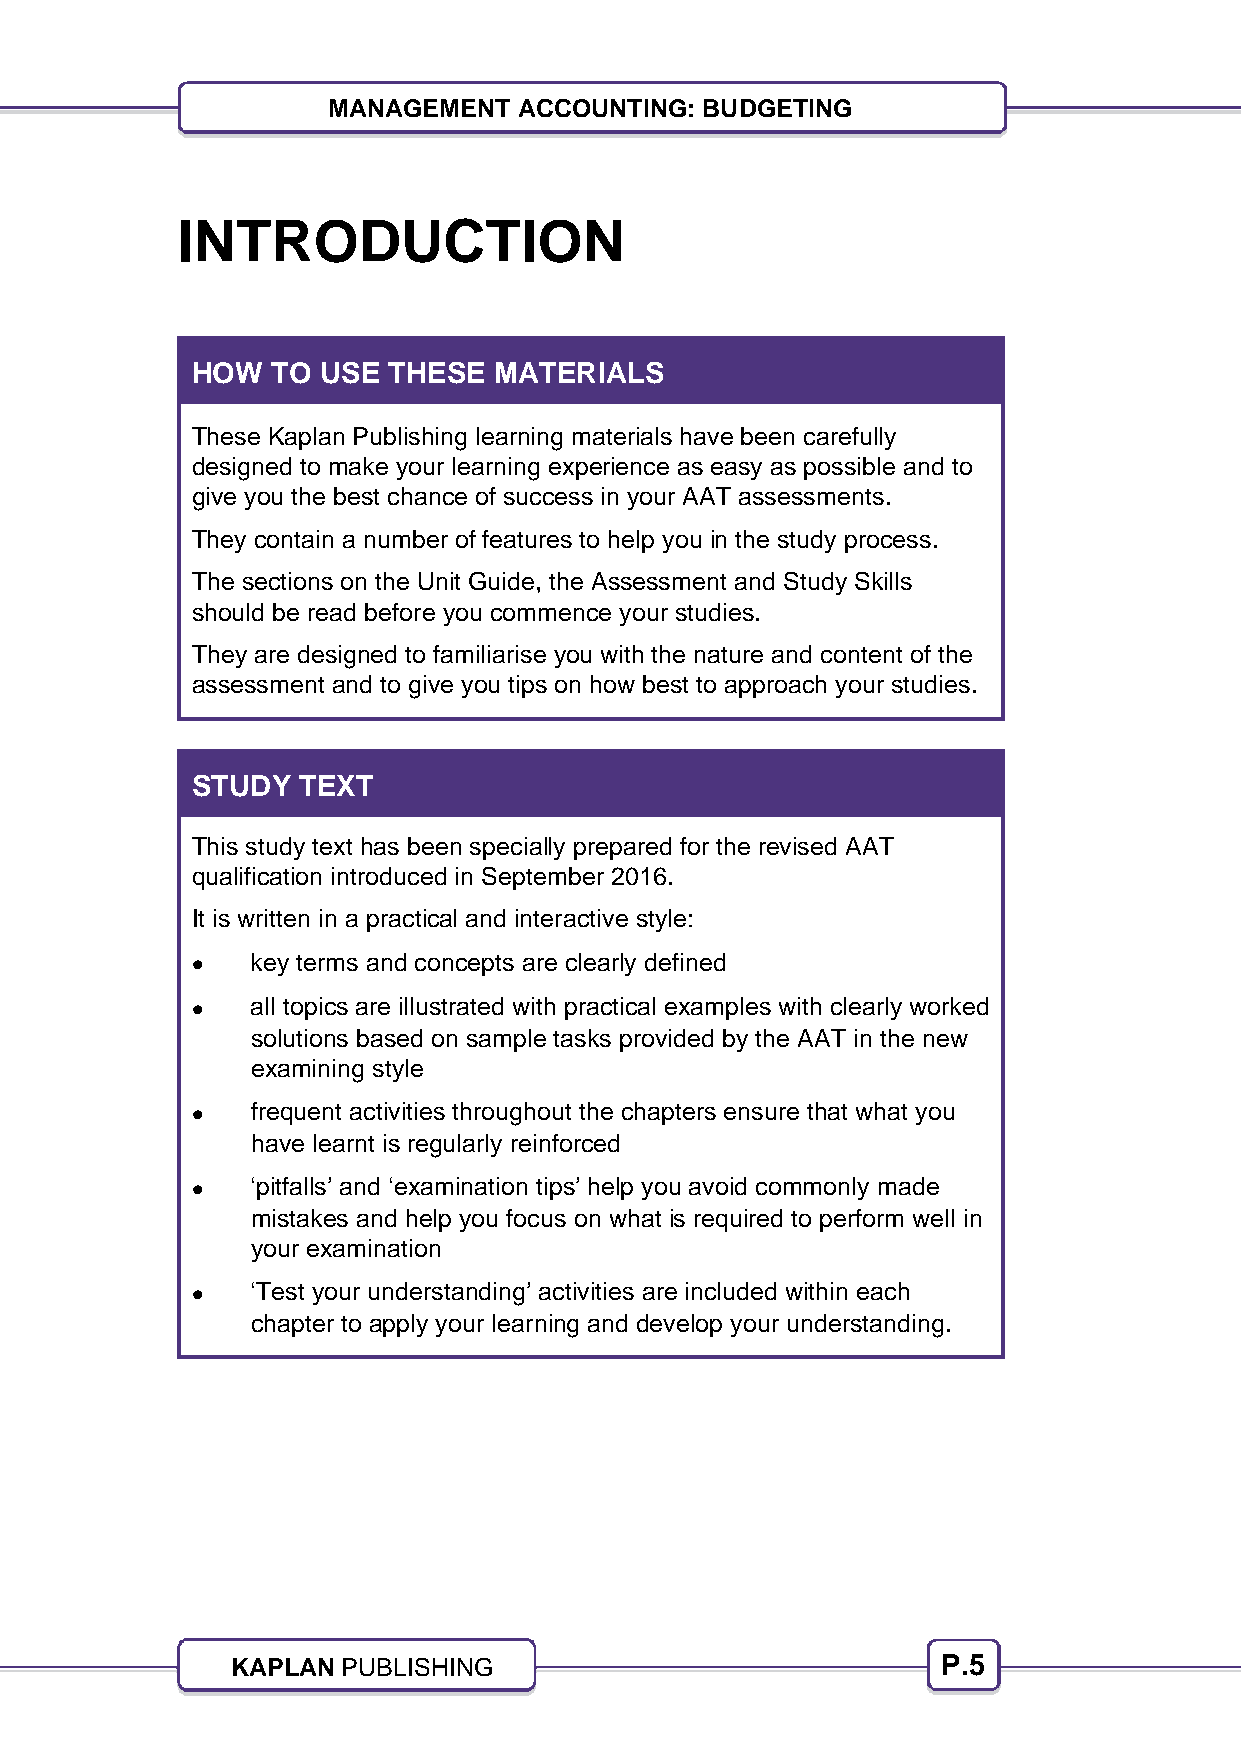
5
 MANAGEMENT  ACCOUNTING: BUDGETING
 INTRODUCTION
 HOW  TO USE  THESE  MATERIALS
 These Kaplan Publishing learning materials have been carefully
 designed to make your learning experience as easy as possible and to
 give you the best chance of success in your AAT assessments.
 They contain a number of features to help you in the study process.
 The sections on the Unit Guide, the Assessment and Study Skills
 should be read before you commence your studies.
 They are designed to familiarise you with the nature and content of the
 assessment and to give you tips on how best to approach your studies.
 STUDY  TEXT
 This study text has been specially prepared for the revised AAT
 qualification introduced in September 2016.
 It is written in a practical and interactive style:
    key terms and concepts are clearly defined
    all topics are illustrated with practical examples with clearly worked
 solutions based on sample tasks provided by the AAT in the new
 examining style
    frequent activities throughout the chapters ensure that what you
 have learnt is regularly reinforced
    ‘pitfalls’ and ‘examination tips’ help you avoid commonly made
 mistakes and help you focus on what is required to perform well in
 your examination
    ‘Test your understanding’ activities are included within each
 chapter to apply your learning and develop your understanding.
 KAPLAN  PUBLISHING                             P.5